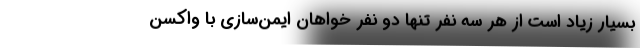
بسیار زیاد است از هر سه نفر تنها دو نفر خواهان ایمن‌سازی با واکسن